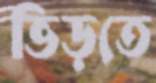
ভিড়তে